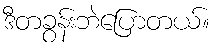
ဒီတခွန်းဘဲပြောတယ်။